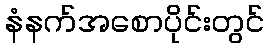
နံနက်အစောပိုင်းတွင်